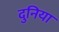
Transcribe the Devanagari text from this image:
दुनिया